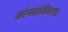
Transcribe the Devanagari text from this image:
तरंगलांबीवरच